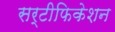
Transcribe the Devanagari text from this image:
सर्टीफिकेशन